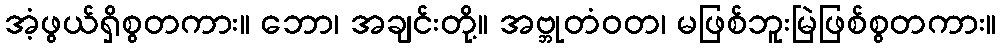
အံ့ဖွယ်ရှိစွတကား။ ဘော၊ အချင်းတို့။ အဗ္ဘုတံဝတ၊ မဖြစ်ဘူးမြဲဖြစ်စွတကား။